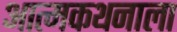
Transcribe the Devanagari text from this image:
आत्मकथनाला